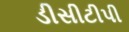
ડીસીટીપી